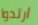
ارتدوا